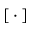
[ \, \cdot \, ]